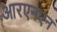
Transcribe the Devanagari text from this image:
आरएनएन